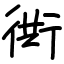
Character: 衖